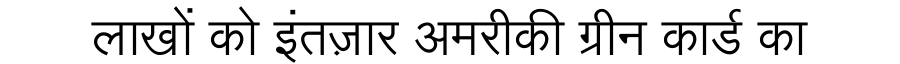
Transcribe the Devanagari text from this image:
लाखों को इंतज़ार अमरीकी ग्रीन कार्ड का